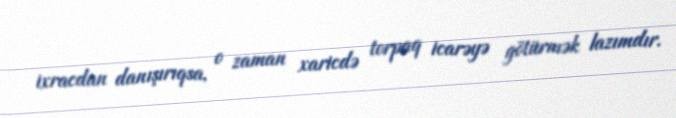
ixracdan danışırıqsa, o zaman xaricdə torpaq icarəyə götürmək lazımdır.